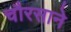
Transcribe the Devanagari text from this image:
चौरसाने